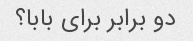
دو برابر برای بابا؟